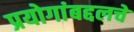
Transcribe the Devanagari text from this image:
प्रयोगांबद्दलचे